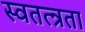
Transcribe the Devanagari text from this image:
स्वतत्न्रता